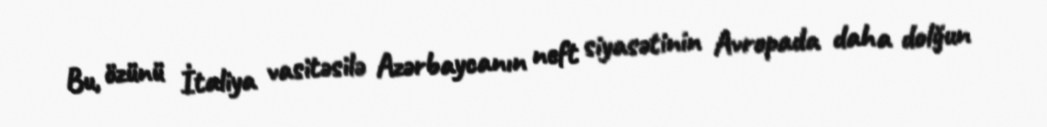
Bu, özünü İtaliya vasitəsilə Azərbaycanın neft siyasətinin Avropada daha dolğun